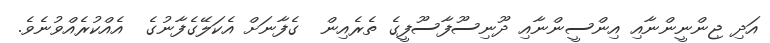
އަދި ޖިންނީންނާއި އިންސީންނާއި ދޫނިސޫފާސޫފީގެ ތެރެއިން  ގެފާނަށް އެކަލޭގެފާނުގެ  އެއްކުރެއްވުނެވެ.